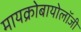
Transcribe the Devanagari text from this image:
मायक्रोबायोलॉजी